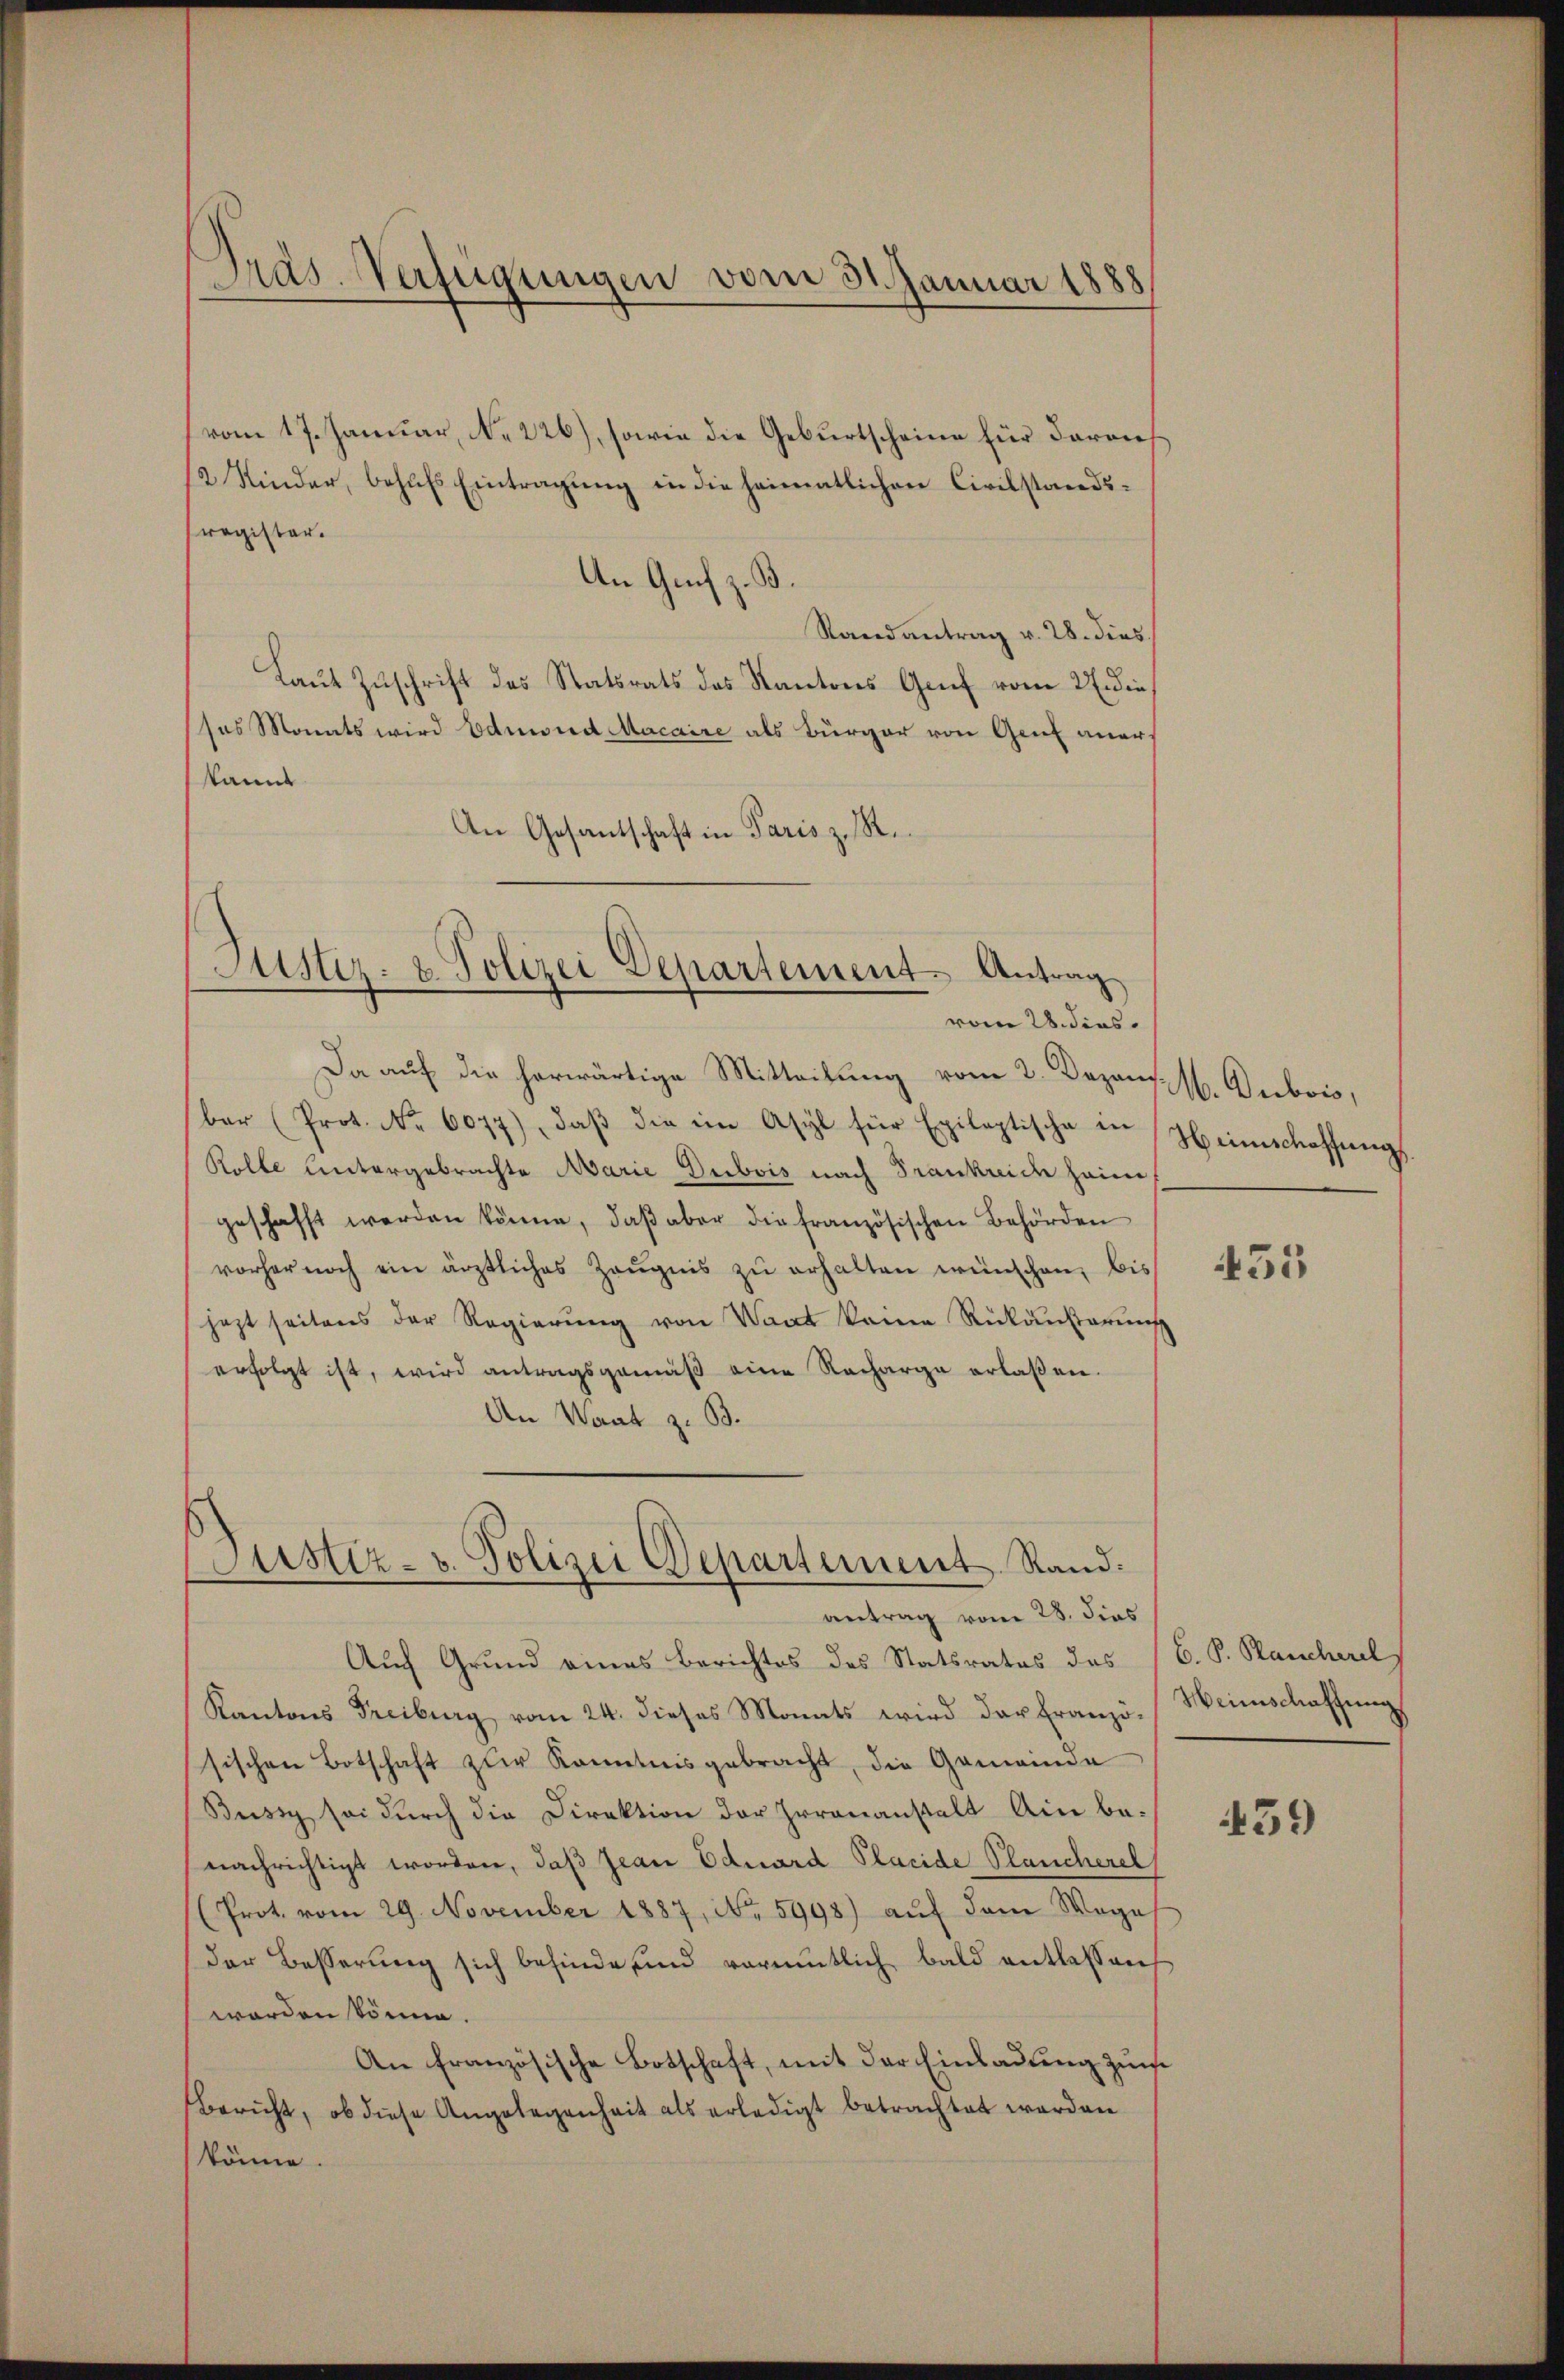
Pras-Verfügungen vom 31. Januar 1888

vom 17. Januar, No 226), sowie die Geburtscheine für darauf
12 Kinder, behŭfs Eintragung in die heimatlichen Civilstandsregister.
An Genf z. B.
Randantrag v. 28. dies
Laut Zuschrift des Statsrats des Kantons Genf vom 27. die
sos Monats wird Eduard Macaire als Bürger von Genf aners
kannt
An Gesantschaft in Paris z. R.
vom 28. dies
Da auf die herwärtige Mitteilung vom 2. Dezem. 1. Dubois,
bar (Prot. Nr. 6077), daβ die im Asyl für Epileptische in Heimschaffŭngs-
Rolle Untergebrachte Marie Dubois nach Frankreiche heim
geschafft werden könne, daβ aber die französischen Behörden
vorher noch ein ärztliches Zeŭgnis zŭ erhalten wünschen, bis
jezt seitens der Regierŭng von Waat keine Rückäußerung
erfolgt ist, wird antragsgemäß eine Recharge erlaßen.
An Waat z. B.
Justiz- u. Polizei Departement. Stand.
antrag vom 28. dies
Auch Grund eines Berichtes des Statsrates des
Kantons Freiburg vom 24. dieses Monats wird der Franzö-Weinschaffung
sischen Botschaft zur Kenntnisgebracht, die Gemeinda
Bussy sei durch die Direktion der Irrenanstalt ain benachrichtigt worden, daß Jean Eduard Placide Plancherel
(Prot. vom 29. November 1887, No. 5998) aŭf dem Wege
Der Besserung sich befinde, und vormutlich bald entlassen
worden könne.
An französische Botschaft, mit der Einladung zu
bericht, ob diese Angelegenheit als erledigt betrachtet worden
könne.

Justiz- & Polizei Departement. Antrag

455

B. P. Rauscherel

439)